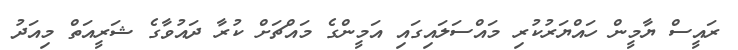
ރައީސް ޔާމީން ހައްޔަރުކުރި މައްސަލައިގައި އަމީންގެ މައްޗަށް ކުރާ ދައުވާގެ ޝަރީއަތް މިއަދު